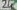
Text: 24